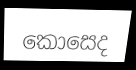
කොසෙද